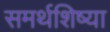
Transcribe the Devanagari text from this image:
समर्थशिष्या